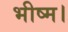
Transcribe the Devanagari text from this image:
भीष्म।